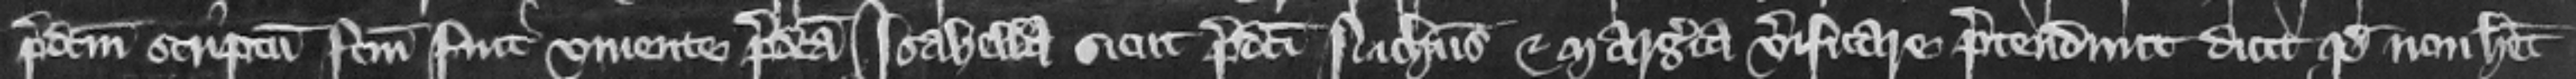
predictum scriptum factum fuit viente predicta Isabella sicut predicti Nicholaus et Margeria verificare pretendunt dicit quod non habet